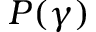
P ( \gamma )